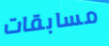
مسابقات